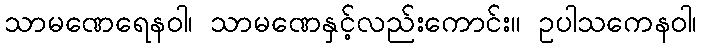
သာမဏေရေနဝါ၊ သာမဏေနှင့်လည်းကောင်း။ ဥပါသကေနဝါ၊